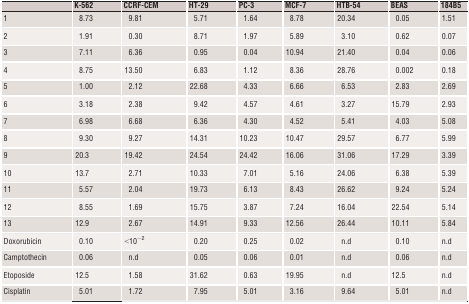
<table><thead><tr><td></td><td><b>K‐562</b></td><td><b>CCRF‐CEM</b></td><td><b>HT‐29</b></td><td><b>PC‐3</b></td><td><b>MCF‐7</b></td><td><b>HTB‐54</b></td><td><b>BEAS</b></td><td><b>184B5</b></td></tr></thead><tbody><tr><td>1</td><td>8.73</td><td>9.81</td><td>5.71</td><td>1.64</td><td>8.78</td><td>20.34</td><td>0.05</td><td>1.51</td></tr><tr><td>2</td><td>1.91</td><td>0.30</td><td>8.71</td><td>1.97</td><td>5.89</td><td>3.10</td><td>0.62</td><td>0.07</td></tr><tr><td>3</td><td>7.11</td><td>6.36</td><td>0.95</td><td>0.04</td><td>10.94</td><td>21.40</td><td>0.04</td><td>0.06</td></tr><tr><td>4</td><td>8.75</td><td>13.50</td><td>6.83</td><td>1.12</td><td>8.36</td><td>28.76</td><td>0.002</td><td>0.18</td></tr><tr><td>5</td><td>1.00</td><td>2.12</td><td>22.68</td><td>4.33</td><td>6.66</td><td>6.53</td><td>2.83</td><td>2.69</td></tr><tr><td>6</td><td>3.18</td><td>2.38</td><td>9.42</td><td>4.57</td><td>4.61</td><td>3.27</td><td>15.79</td><td>2.93</td></tr><tr><td>7</td><td>6.98</td><td>6.68</td><td>6.36</td><td>4.30</td><td>4.52</td><td>5.41</td><td>4.03</td><td>5.08</td></tr><tr><td>8</td><td>9.30</td><td>9.27</td><td>14.31</td><td>10.23</td><td>10.47</td><td>29.57</td><td>6.77</td><td>5.99</td></tr><tr><td>9</td><td>20.3</td><td>19.42</td><td>24.54</td><td>24.42</td><td>16.06</td><td>31.06</td><td>17.29</td><td>3.39</td></tr><tr><td>10</td><td>13.7</td><td>2.71</td><td>10.33</td><td>7.01</td><td>5.16</td><td>24.06</td><td>6.38</td><td>5.39</td></tr><tr><td>11</td><td>5.57</td><td>2.04</td><td>19.73</td><td>6.13</td><td>8.43</td><td>26.62</td><td>9.24</td><td>5.24</td></tr><tr><td>12</td><td>8.55</td><td>1.69</td><td>15.75</td><td>3.87</td><td>7.24</td><td>16.04</td><td>22.54</td><td>5.14</td></tr><tr><td>13</td><td>12.9</td><td>2.67</td><td>14.91</td><td>9.33</td><td>12.56</td><td>26.44</td><td>10.11</td><td>5.84</td></tr><tr><td>Doxorubicin</td><td>0.10</td><td>&lt;10<sup>−2</sup></td><td>0.20</td><td>0.25</td><td>0.02</td><td>n.d</td><td>0.10</td><td>n.d</td></tr><tr><td>Camptothecin</td><td>0.06</td><td>n.d</td><td>0.05</td><td>0.06</td><td>0.01</td><td>n.d</td><td>0.06</td><td>n.d</td></tr><tr><td>Etoposide</td><td>12.5</td><td>1.58</td><td>31.62</td><td>0.63</td><td>19.95</td><td>n.d</td><td>12.5</td><td>n.d</td></tr><tr><td>Cisplatin</td><td>5.01</td><td>1.72</td><td>7.95</td><td>5.01</td><td>3.16</td><td>9.64</td><td>5.01</td><td>n.d</td></tr></tbody></table>